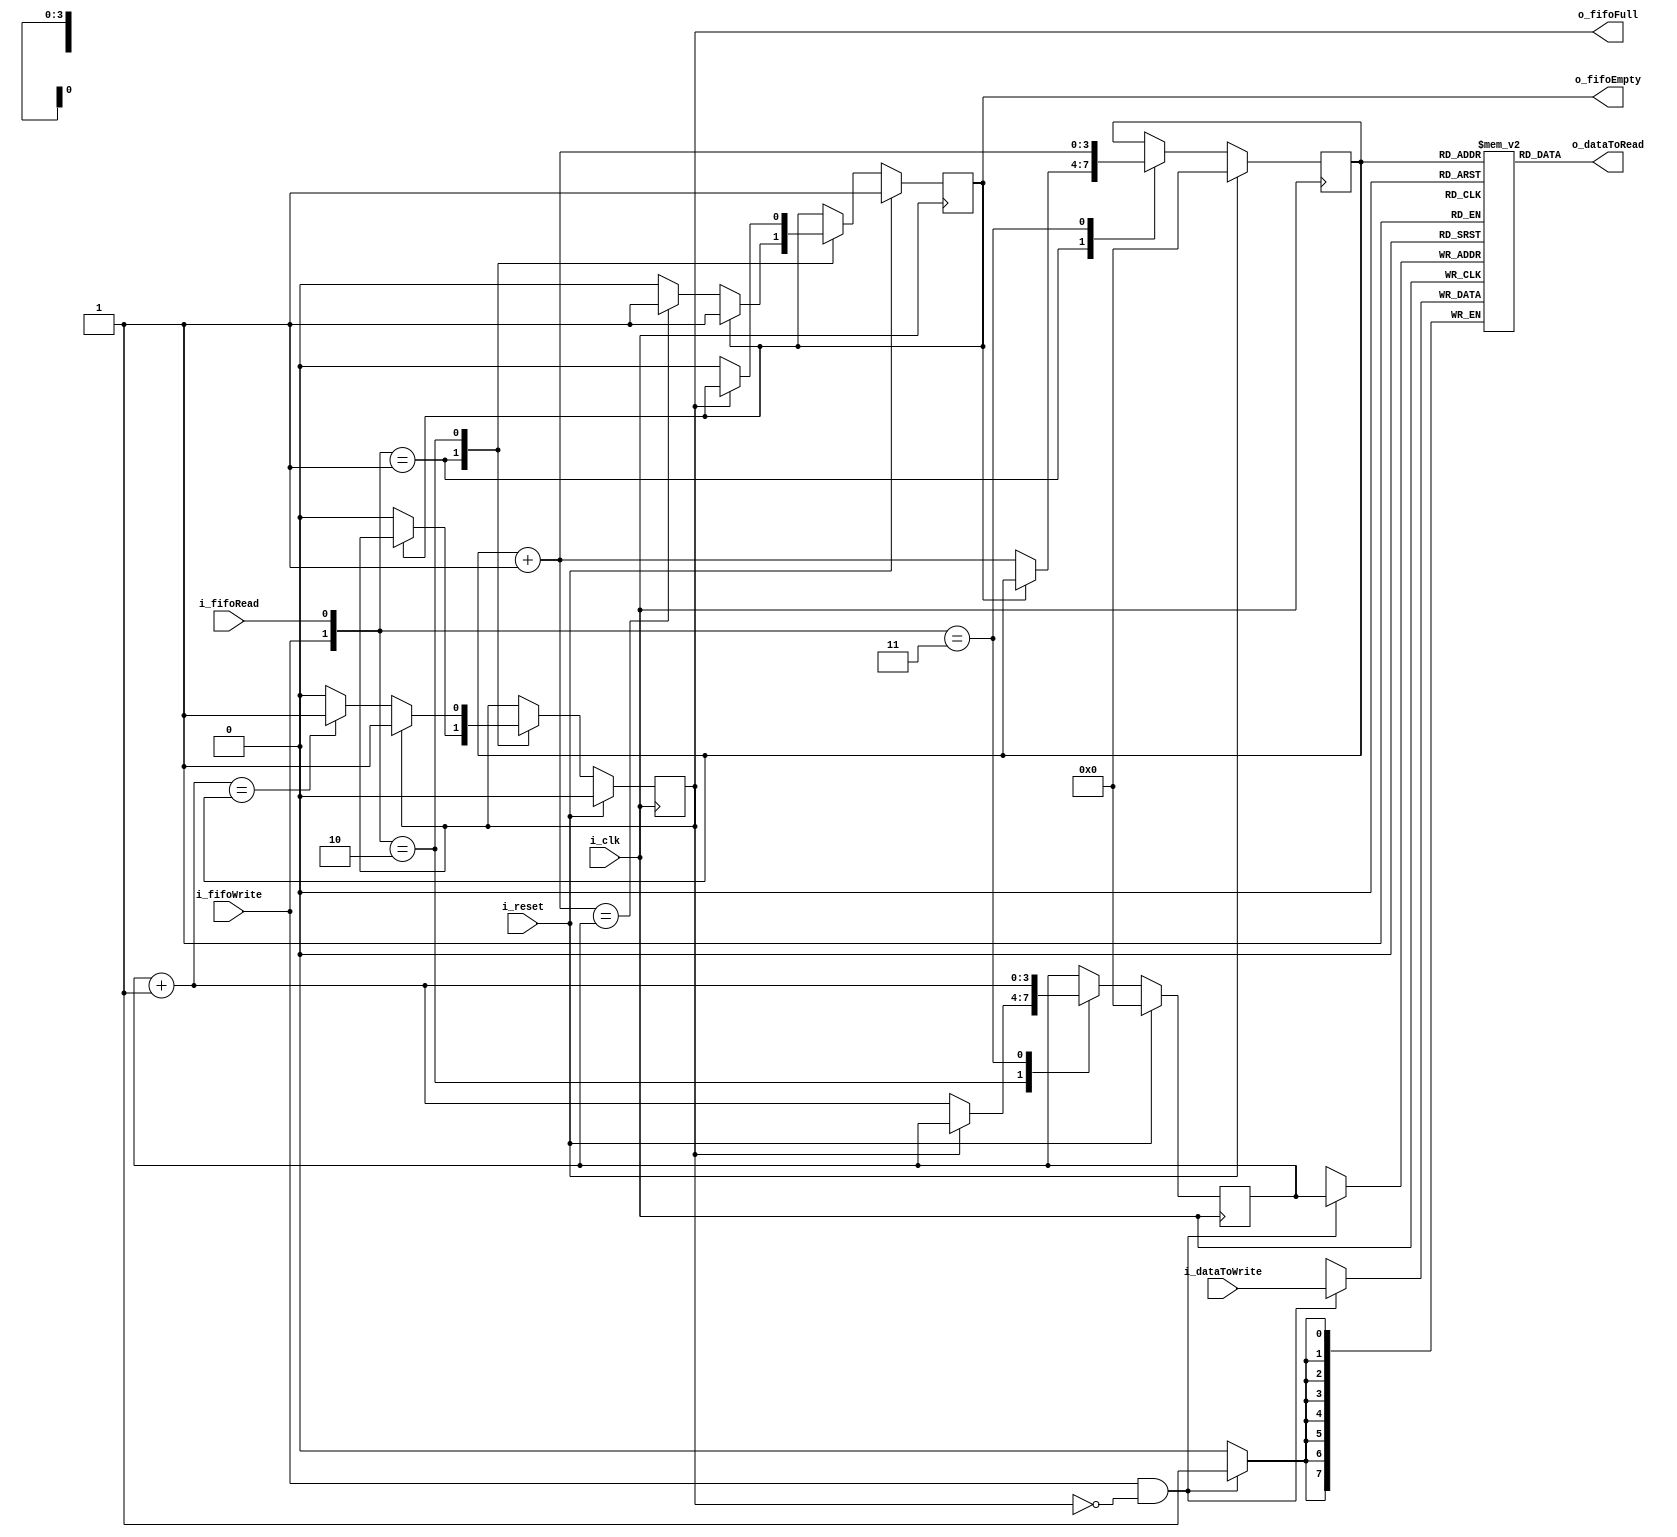
module fifoBuffer#
(
    parameter DATA_LEN = 8,
    parameter PTR_LEN = 4
)
(
    input wire i_clk,     
    input wire i_reset,
    input wire i_fifoRead,            
    input wire i_fifoWrite,
    input wire [DATA_LEN-1 : 0] i_dataToWrite,
    output wire o_fifoEmpty,
    output wire o_fifoFull,
    output wire [DATA_LEN-1 : 0] o_dataToRead
);

localparam NOP = 2'b00;
localparam READ = 2'b01;
localparam WRITE = 2'b10;
localparam READWRITE = 2'b11;


//Signal declaration
reg [DATA_LEN-1 : 0] arrayReg [(2**PTR_LEN)-1 : 0];
reg [PTR_LEN-1 : 0] writePtrReg; 
reg [PTR_LEN-1 : 0] writePtrNext; 
reg [PTR_LEN-1 : 0] writePtrSucc;

reg [PTR_LEN-1 : 0] readPtrReg;
reg [PTR_LEN-1 : 0] readPtrNext;
reg [PTR_LEN-1 : 0] readPtrSucc;

reg fullReg;
reg fullNext;
reg emptyReg;
reg emptyNext;

wire writeEnable;

//Register file write operation
always @(posedge i_clk) begin
    if(writeEnable) begin
        arrayReg[writePtrReg] <= i_dataToWrite;
    end
end

//Register file read operation
assign o_dataToRead = arrayReg[readPtrReg];

//Write enable only when FIFO is not o_fifoFull
assign writeEnable = i_fifoWrite & ~fullReg;

//Fifo control logic
//Register for read and write pointers
always @(posedge i_clk) begin
    if(i_reset) begin
        writePtrReg <= 0;
        readPtrReg <= 0;
        fullReg <= 0;
        emptyReg <= 1;
    end
    else begin
        writePtrReg <= writePtrNext;
        readPtrReg <= readPtrNext;
        fullReg <= fullNext;
        emptyReg <= emptyNext;
    end
end

//Next-state logic for read and write pointers
always @(*) begin
    //Successive pointer values
    writePtrSucc = writePtrReg + 1;
    readPtrSucc = readPtrReg + 1; 
    //Default: keep old values
    writePtrNext = writePtrReg;
    readPtrNext = readPtrReg;
    fullNext = fullReg;
    emptyNext = emptyReg;

    case ({i_fifoWrite, i_fifoRead})
        //NOP:
        READ:
            if (~emptyReg) begin
                readPtrNext = readPtrSucc;
                fullNext = 1'b0;
                if (readPtrSucc==writePtrReg) begin
                    emptyNext = 1'b1;
                end
            end
        WRITE:
            if (~fullReg) begin
                writePtrNext = writePtrSucc;
                emptyNext = 1'b0;
                if (writePtrSucc==readPtrReg) begin
                    fullNext = 1'b1;
                end
            end
        READWRITE:
            begin
                writePtrNext = writePtrSucc;
                readPtrNext = readPtrSucc; 
            end 
        default:
            begin
                writePtrNext = writePtrNext;
                readPtrNext = readPtrNext;
            end

    endcase
end

//Output
assign o_fifoFull = fullReg;
assign o_fifoEmpty = emptyReg;

endmodule